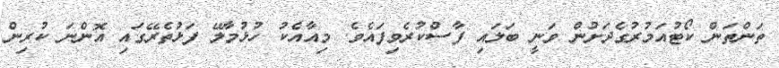
ތަންތަން ކޯޓުއަމުރުގެދަށުން ވަނީ ބަލައި ފާސްކުރެވިފައެވެ. މިއާއެކު ހުޅުމާލޭ ފަޅުތެރޭގައި އޮންނަ ކުރިން